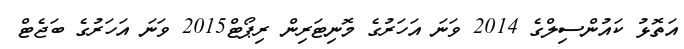
އަތޮޅު ކައުންސިލްގެ 2014 ވަނަ އަހަރުގެ މޮނިޓަރިން ރިޕޯޓް2015 ވަނަ އަހަރުގެ ބަޖެޓް